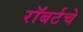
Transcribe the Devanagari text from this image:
रॉबर्टचे